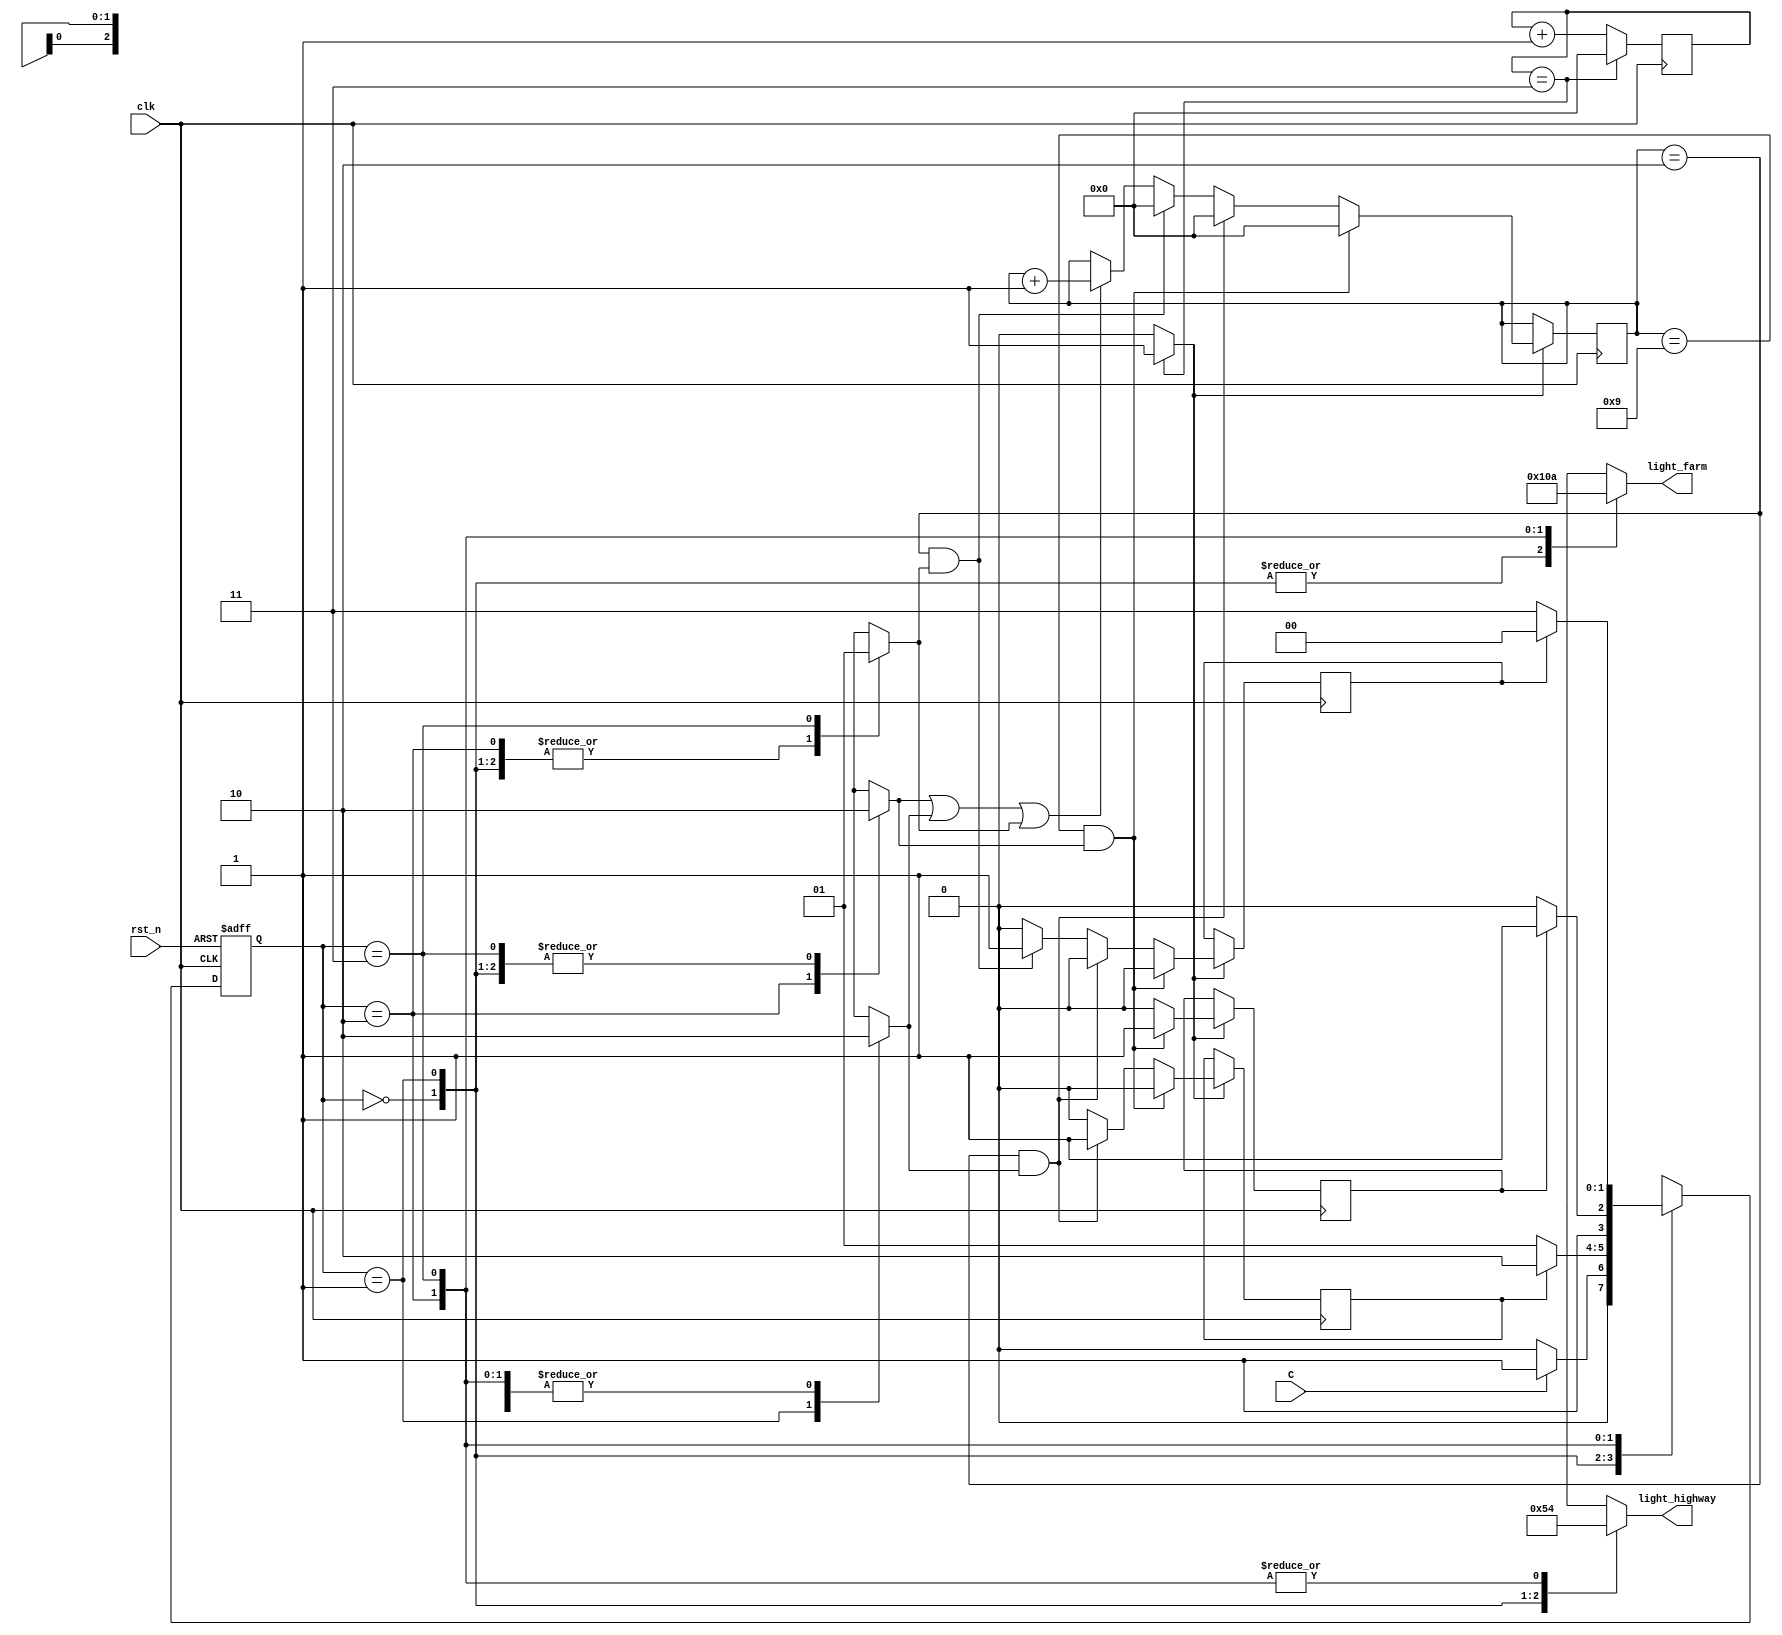
module traffic_light(light_highway, light_farm, C, clk, rst_n);
	parameter HGRE_FRED=2'b00, // Highway green and farm red
          	  HYEL_FRED = 2'b01,// Highway yellow and farm red
          	  HRED_FGRE=2'b10,// Highway red and farm green
          	  HRED_FYEL=2'b11;// Highway red and farm yellow
    input C, //sensor
    	  clk,
    	  rst_n;
    output reg[2:0] light_highway,light_farm;
    reg[1:0] state,next_state;
    reg delay10s, delay3s1,delay3s2;
    reg RED_count_en,YELLOW_count_en1,YELLOW_count_en2;
    reg[27:0] count=0,count_delay=0;
    wire clk_enable;
    always @(posedge clk or negedge rst_n) begin
    	if (~rst_n) begin
    		state<=HGRE_FRED;
    		
    	end
    	else begin
    		state<=next_state;
    	end
    end
    //FSM
    always@(*) begin
    	case(state)
    		HGRE_FRED:
    			begin
    				light_highway=3'b001;
    				light_farm=3'b100;
    				RED_count_en=0;
 					YELLOW_count_en1=0;
 					YELLOW_count_en2=0;
    				if(C) next_state=HYEL_FRED;
    				else next_state=HGRE_FRED;
    			end
    		HYEL_FRED:
    			begin
    				light_highway=3'b010;
    				light_farm=3'b100;
    				RED_count_en=0;
 					YELLOW_count_en1=1;
 					YELLOW_count_en2=0;
    				if(delay3s1) next_state=HRED_FGRE; // yellow for 3s, then red
    				else next_state=HYEL_FRED;
    			end
    		HRED_FGRE:
    			begin
    				light_highway=3'b100;
    				light_farm=3'b001;
    				RED_count_en=1;
 					YELLOW_count_en1=0;
 					YELLOW_count_en2=0;
    				if(delay10s) next_state=HRED_FYEL;
    				else next_state=HRED_FGRE;
    			end
    		HRED_FYEL:
    			begin
    				light_highway=3'b100;
    				light_farm=3'b010;
    				RED_count_en=0;
 					YELLOW_count_en1=0;
 					YELLOW_count_en2=1;
    				if(delay3s2) next_state=HGRE_FRED;
    				else next_state=HRED_FYEL;
    			end
    		default: next_state=HGRE_FRED;
    	endcase
    end
    always@(posedge clk) begin
    	if(clk_enable==1) begin
    		if(RED_count_en||YELLOW_count_en1||YELLOW_count_en2)
  				count_delay <=count_delay + 1;
  					if((count_delay == 9)&&RED_count_en) begin
   									delay10s=1;
   									delay3s1=0;
   									delay3s2=0;
   									count_delay<=0;
  							end
  					else if((count_delay == 2)&&YELLOW_count_en1) begin
   									delay10s=0;
   									delay3s1=1;
   									delay3s2=0;
   									count_delay<=0;
  							end
  					else if((count_delay == 2)&&YELLOW_count_en2) begin
   									delay10s=0;
   									delay3s1=0;
   									delay3s2=1;
   									count_delay<=0;
  							end
  					else
  						begin
   								delay10s=0;
   								delay3s1=0;
   								delay3s2=0;
  						end 
 			
    	   end
    end
    // create 1s clock enable 
	always @(posedge clk)
	begin
 		count <=count + 1;
 		//if(count == 50000000) // 50,000,000 for 50 MHz clock running on real FPGA
 		if(count == 3) // for testbench
  			count <= 0;
	end
 	assign clk_enable = count==3 ? 1: 0; // 50,000,000 for 50MHz running on FPGA
endmodule